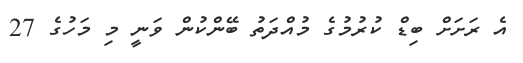
އެ ރަށަށް ބިޑް ކުރުމުގެ މުއްދަތު ބޭންކުން ވަނީ މި މަހުގެ 27